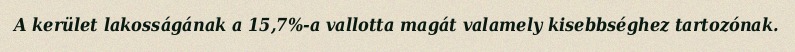
A kerület lakosságának a 15,7%-a vallotta magát valamely kisebbséghez tartozónak.